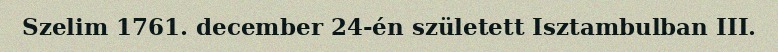
Szelim 1761. december 24-én született Isztambulban III.